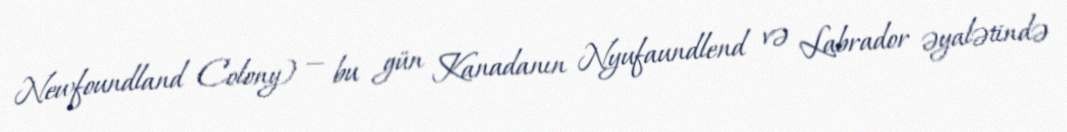
Newfoundland Colony) — bu gün Kanadanın Nyufaundlend və Labrador əyalətində